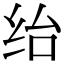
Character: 绐